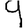
Digit: 9